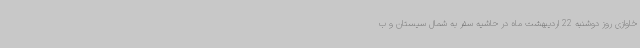
خاوازی روز دوشنبه 22 اردیبهشت ماه در حاشیه سفر به شمال سیستان و ب